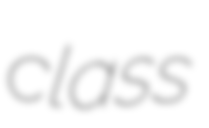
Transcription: class